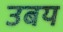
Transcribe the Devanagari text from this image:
उबय